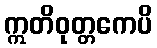
ဣတိဝုတ္တကေပိ